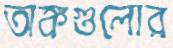
অঙ্কগুলোর